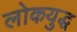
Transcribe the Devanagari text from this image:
लोकयुद्ध